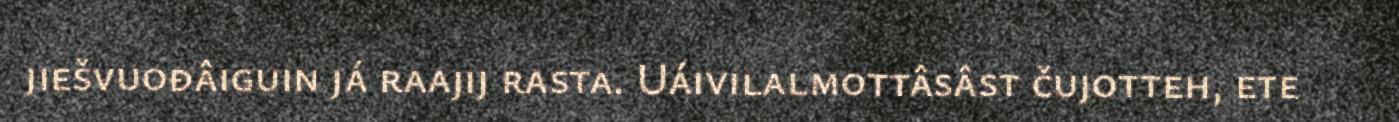
jiešvuođâiguin já raajij rasta. Uáivilalmottâsâst čujotteh, ete